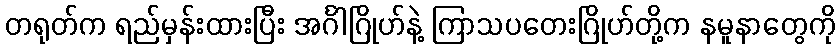
တရုတ်က ရည်မှန်းထားပြီး အင်္ဂါဂြိုဟ်နဲ့ ကြာသပတေးဂြိုဟ်တို့က နမူနာတွေကို